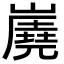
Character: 𡽧